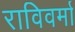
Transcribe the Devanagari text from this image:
राविवर्मा